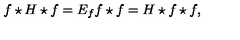
f \star H \star f = E _ { f } f \star f = H \star f \star f ,